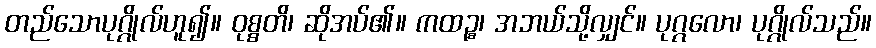
တည်သောပုဂ္ဂိုလ်ဟူ၍။ ဝုစ္စတိ၊ ဆိုအပ်၏။ ကထဉ္စ၊ အဘယ်သို့လျှင်။ ပုဂ္ဂလော၊ ပုဂ္ဂိုလ်သည်။